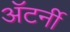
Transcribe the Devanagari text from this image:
अॅटर्नी